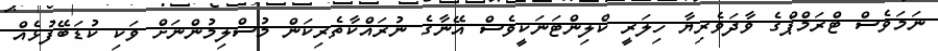
ނަމަވެސް ޓްރަމްޕްގެ ވާދަވެރިޔާ ހިލަރީ ކްލިންޓަނަކީވެސް އޭނާގެ ނުރައްކާތެރިކަން މުސްލިމުންނަށް ވަކި ކުޑަބޭފުޅެއް